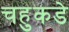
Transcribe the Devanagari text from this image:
चहुकडे